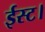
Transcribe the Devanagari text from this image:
ईस्ट।